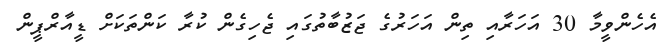
އެހެންވީމާ 30 އަހަރާއި ތިން އަހަރުގެ ޖަޒުބާތުގައި ޖެހިގެން ކުރާ ކަންތަކަށް ޑީއާރްޕީން